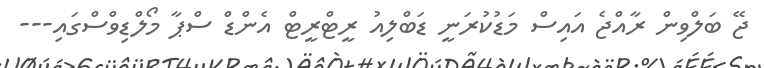
ޖޭ ބަލްވިން ރާއްޖެ އައިސް މަޑުކުރަނީ ޑަބްލިއު ރީޓްރީޓް އެންޑް ސްޕާ މޯލްޑިވްސްގައި---